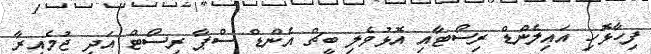
ފިހާޅޮހި އައިލެންޑް ރިސޯޓާއި އޮޅުވެލި ބީޗް އެންޑް ސްޕާ ރިސޯޓް އަދި ޖުމެއިރާ